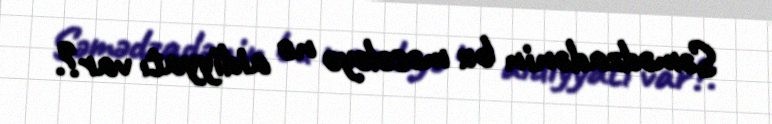
Səmədzadənin bu məsələyə nə aidiyyatı var?.